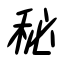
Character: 秘